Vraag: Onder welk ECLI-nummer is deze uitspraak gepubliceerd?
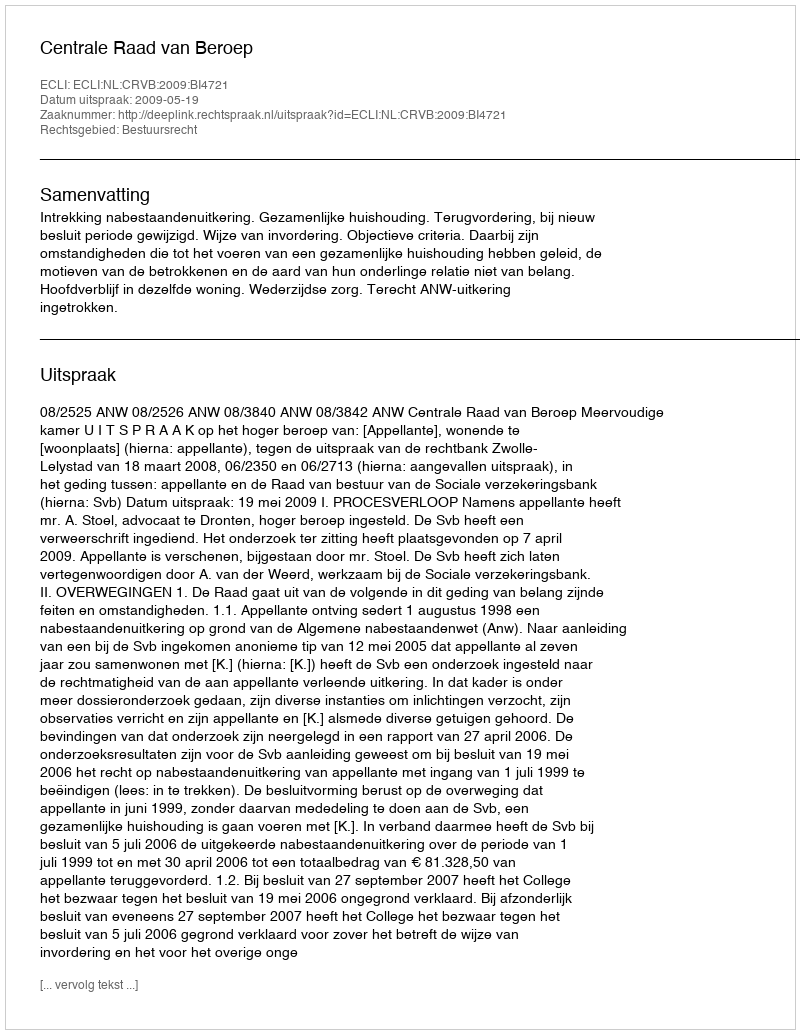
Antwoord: ECLI:NL:CRVB:2009:BI4721